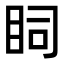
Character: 𥄶